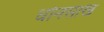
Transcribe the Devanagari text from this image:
धोनसाख